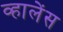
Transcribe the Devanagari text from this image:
व्हालेंस